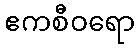
ဧကစီဝရော